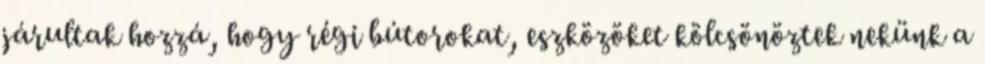
járultak hozzá, hogy régi bútorokat, eszközöket kölcsönöztek nekünk a